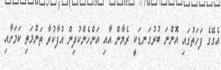
އެގޭގެ ފަހަތުގައި އޮންނަ ބުރުގަނޑަކީ ރެޔާން އާއި އަންހެންކުދިން އުފާކުރާ ތަންމަތި ކަމަށާއި